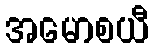
အမောစယီ